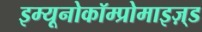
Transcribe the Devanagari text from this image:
इम्यूनोकॉम्प्रोमाइज़्ड